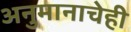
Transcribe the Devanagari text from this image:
अनुमानाचेही